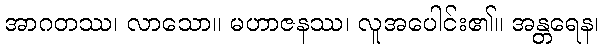
အာဂတဿ၊ လာသော။ မဟာဇနဿ၊ လူအပေါင်း၏။ အန္တရေန၊